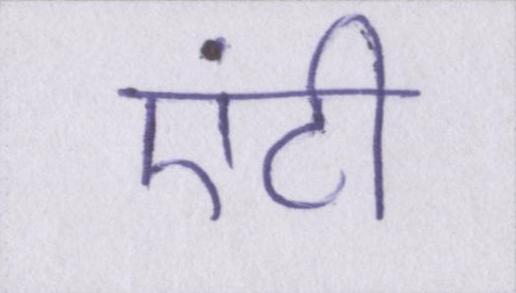
एंटी